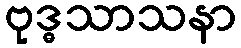
ဗုဒ္ဓသာသနာ